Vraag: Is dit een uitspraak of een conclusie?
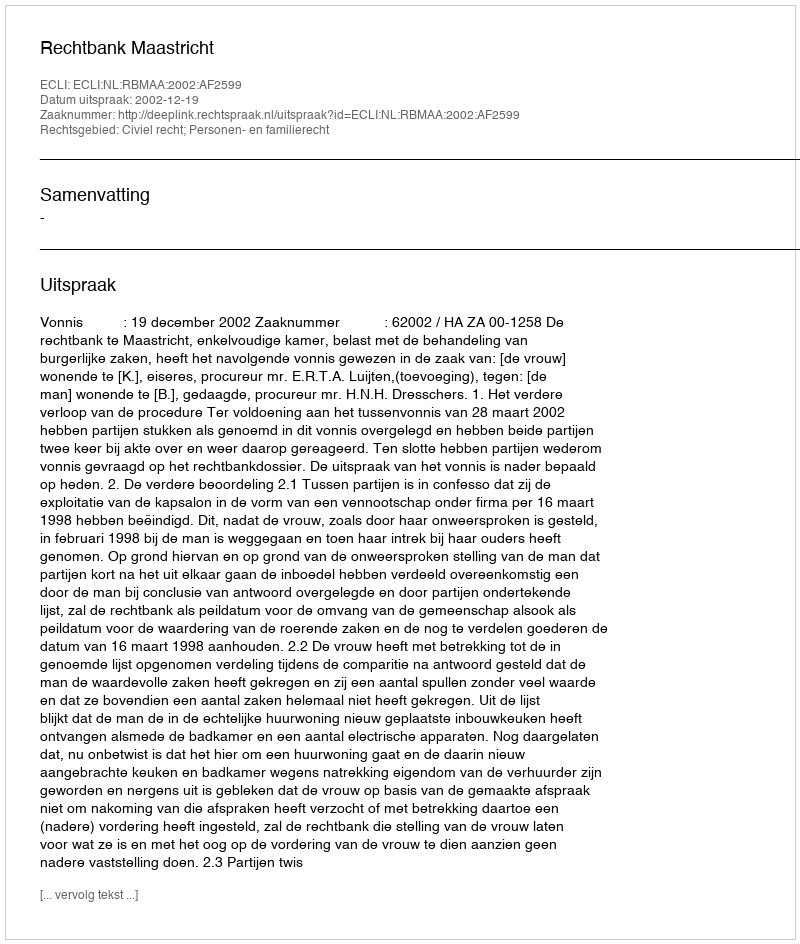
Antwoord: Uitspraak